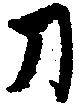
刀